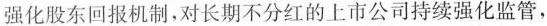
强化股东回报机制，对长期不分红的上市公司持续强化监管，